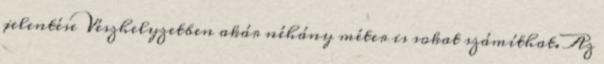
jelentése Vészhelyzetben akár néhány méter is sokat számíthat. Az